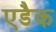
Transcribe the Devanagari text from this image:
एडैक